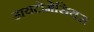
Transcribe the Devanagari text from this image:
डायटोमेसियस